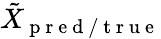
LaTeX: \tilde{{X}}_{\mathrm{~p~r~e~d~/~t~r~u~e~}}